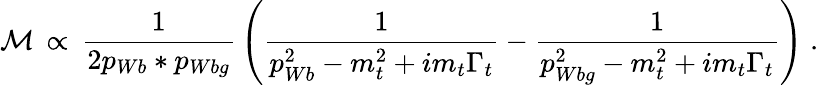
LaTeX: {\cal{M}}\, \propto\, {\frac{1}{2p_{Wb}*p_{Wbg}}}\left({\frac{1}{p_{Wb}^{2}-m_{t}^{2}+im_{t}\Gamma_{t}}}-{\frac{1}{p_{Wbg}^{2}-m_{t}^{2}+im_{t}\Gamma_{t}}}\right)\; .